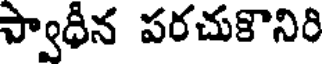
స్వాధీన పరచుకొనిరి